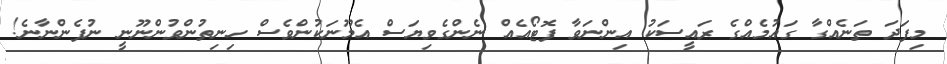
މިފަދަ ތަނެއްގާ ގައުމެއްގެ ރައީސަކު އިންނަވާ ފޮޓޯއެއް ނެންގެވިޔަސް އެމޫނަކުންވެސް ހިނިތުންވުންނޫނީ ނުފެންނާނެ!